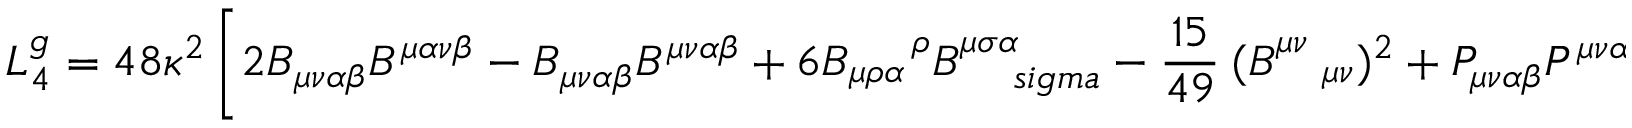
L _ { 4 } ^ { g } = 4 8 \kappa ^ { 2 } \left[ 2 B _ { \mu \nu \alpha \beta } B ^ { \mu \alpha \nu \beta } - B _ { \mu \nu \alpha \beta } B ^ { \mu \nu \alpha \beta } + 6 B _ { \mu \rho \alpha } ^ { \ \ \ \ \rho } B _ { \ \ \ \, s i g m a } ^ { \mu \sigma \alpha } - \frac { 1 5 } { 4 9 } \: ( B _ { \ \ ~ \mu \nu } ^ { \mu \nu } ) ^ { 2 } + P _ { \mu \nu \alpha \beta } P ^ { \mu \nu \alpha \beta } \right] .